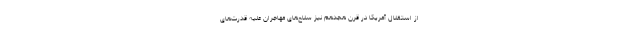
از استقلال آمریکا در قرن هجدهم نیز سلاح‌های مهاجران علیه قدرت‌های